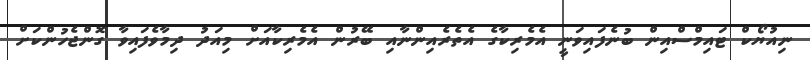
ނިއުޔޯކް ޓައިމްސްއިން ބުނެފައިވަނީ އެމެރިކާގެ އެތެރެއިންނާއި ބޭރުން އެމެރިކާއަށް މިއަދު ދިމާވެފައިވާ ގޮންޖެހުންކަށް